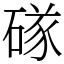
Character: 䃍